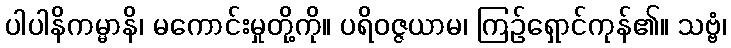
ပါပါနိကမ္မာနိ၊ မကောင်းမှုတို့ကို။ ပရိဝဇ္ဇယာမ၊ ကြဉ်ရှောင်ကုန်၏။ သဗ္ဗံ၊